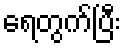
ရေတွက်ပြီး